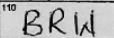
Transcription: BRW